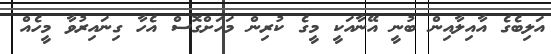
އަލިބެގެ އާއިލާއިން ބުނީ އޭނާއަކީ މީގެ ކުރިން މަހަށްގޮސް އެހާ ގިނައިރުވާ މީހެއް